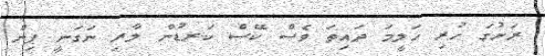
ރަށުގަ ހުރި ހަލީމަ ދައިތަ ވެސް ކޭސް ކަރޑުން ލާރި ނަގަނީ ޕިން